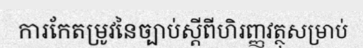
ការកែតម្រូវនៃច្បាប់ស្តីពីហិរញ្ញវត្ថុសម្រាប់